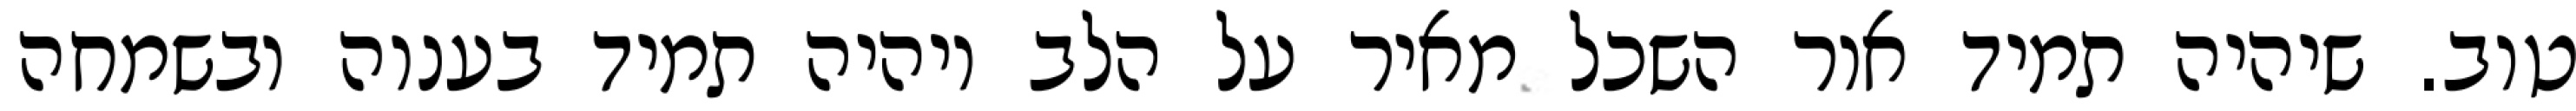
טוב. שיהיה תמיד אור השכל מאיר על הלב ויהיה תמיד בענוה ובשמחה